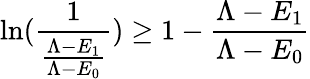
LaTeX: {\ln(\frac{1}{\frac{\Lambda-E_{1}}{\Lambda-E_{0}}})\geq 1-\frac{\Lambda-E_{1}}{\Lambda-E_{0}}}